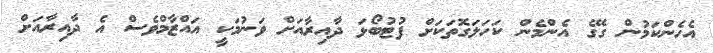
އެހެންކަމުން ގޭގެ އެންމެން ކަހަލަގޮތަކަށް ފުޓުބޯޅަ ދާއިރާއަށް ވަނުމަކީ އައްޒާމްވެސް އެ ދާއިރާއަށް